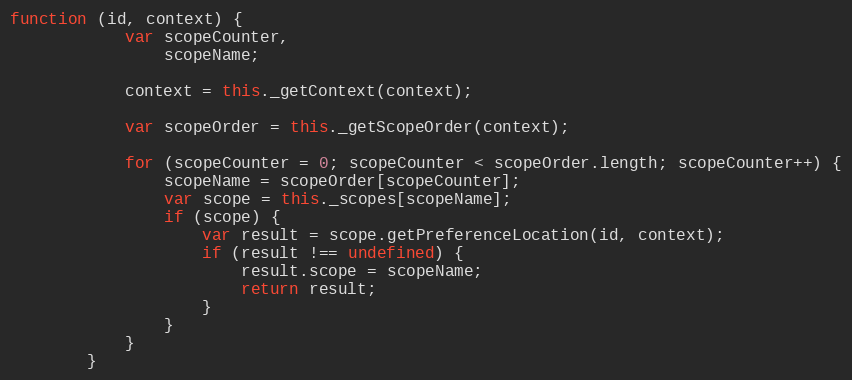
Language: JavaScript
function (id, context) {
            var scopeCounter,
                scopeName;

            context = this._getContext(context);

            var scopeOrder = this._getScopeOrder(context);

            for (scopeCounter = 0; scopeCounter < scopeOrder.length; scopeCounter++) {
                scopeName = scopeOrder[scopeCounter];
                var scope = this._scopes[scopeName];
                if (scope) {
                    var result = scope.getPreferenceLocation(id, context);
                    if (result !== undefined) {
                        result.scope = scopeName;
                        return result;
                    }
                }
            }
        }